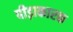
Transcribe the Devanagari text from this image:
पीड़ाकारक